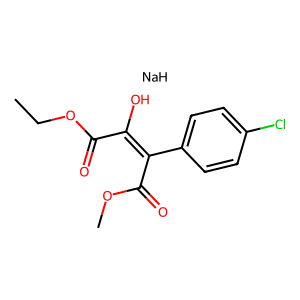
SMILES: CCOC(=O)C(O)=C(C(=O)OC)c1ccc(Cl)cc1.[NaH]
Inhibits HIV replication: No